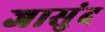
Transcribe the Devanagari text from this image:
जासुंद